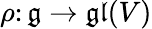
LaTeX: \rho\colon{\mathfrak{g}}\to{\mathfrak{gl}}(V)